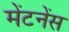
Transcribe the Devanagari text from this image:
मेंटनेंस